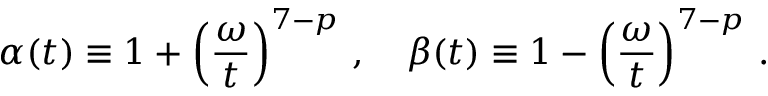
\alpha ( t ) \equiv 1 + \left( { \frac { \omega } { t } } \right) ^ { 7 - p } \, , \quad \beta ( t ) \equiv 1 - \left( { \frac { \omega } { t } } \right) ^ { 7 - p } \, .